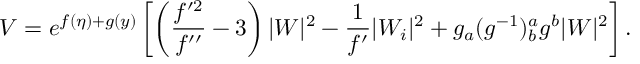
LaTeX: V = e ^ { f ( \eta ) + g ( y ) } \left[ \left( \frac { f ^ { \prime 2 } } { f ^ { \prime \prime } } - 3 \right) | W | ^ { 2 } - \frac { 1 } { f ^ { \prime } } | W _ { i } | ^ { 2 } + g _ { a } ( g ^ { - 1 } ) _ { b } ^ { a } g ^ { b } | W | ^ { 2 } \right] .